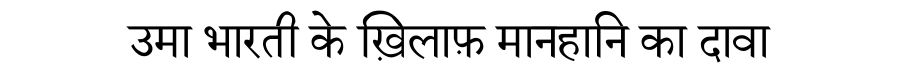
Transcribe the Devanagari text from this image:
उमा भारती के ख़िलाफ़ मानहानि का दावा